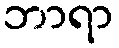
ဘာရာ